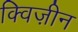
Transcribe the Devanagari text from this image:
क्विज़ीन